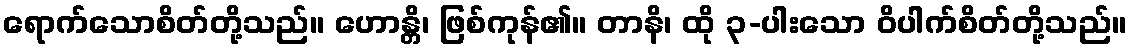
ရောက်သောစိတ်တို့သည်။ ဟောန္တိ၊ ဖြစ်ကုန်၏။ တာနိ၊ ထို ၃-ပါးသော ဝိပါက်စိတ်တို့သည်။